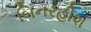
બિનરહીશ